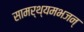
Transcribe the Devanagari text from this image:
सामर्थ्यमभजन्